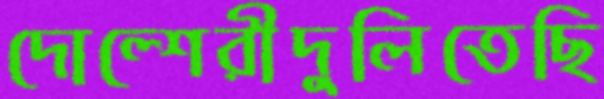
দোল্শেরীদুলিতেছি